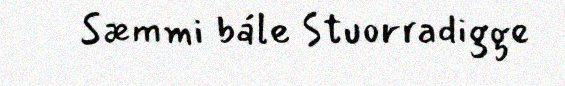
Sæmmi bále Stuorradigge